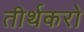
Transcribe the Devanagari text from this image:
तीर्थकरो